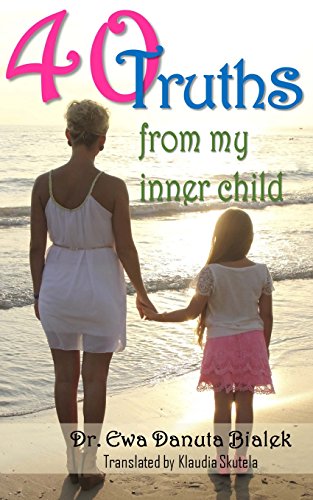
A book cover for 40 Truths from my Inner Child: A healing dialog with the author's inner child uncovers 40 amazing truths; Dr. Ewa Danuta Bialeck Ph.D.; Self-Help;